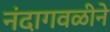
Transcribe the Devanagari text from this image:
नंदागवळीने